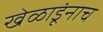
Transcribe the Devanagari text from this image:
खेळाडूंनाच